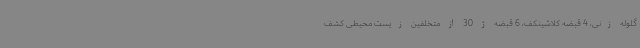
گلوله زنی، 4 قبضه کلاشینکف، 6 قبضه ژ 30 از متخلفین زیست محیطی کشف